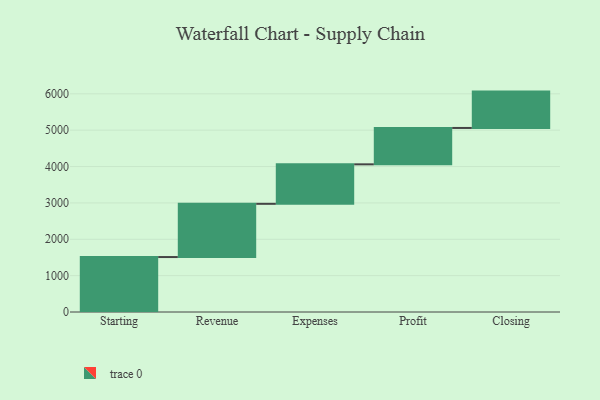
{"axis": {"x": "Step", "y": "Value"}, "legend": [""], "data": [{"x": "Starting", "y": 1511.0, "type": ""}, {"x": "Revenue", "y": 1464.0, "type": ""}, {"x": "Expenses", "y": 1086.0, "type": ""}, {"x": "Profit", "y": 1000, "type": ""}, {"x": "Closing", "y": 1000, "type": ""}]}